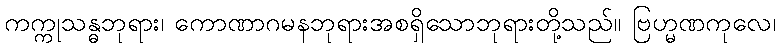
ကက္ကုသန္ဓဘုရား၊ ကောဏာဂမနဘုရားအစရှိသောဘုရားတို့သည်။ ဗြဟ္မဏကုလေ၊